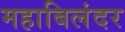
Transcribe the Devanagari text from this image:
महाबिलंदर